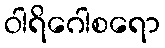
ဝါရိဂေါစရော